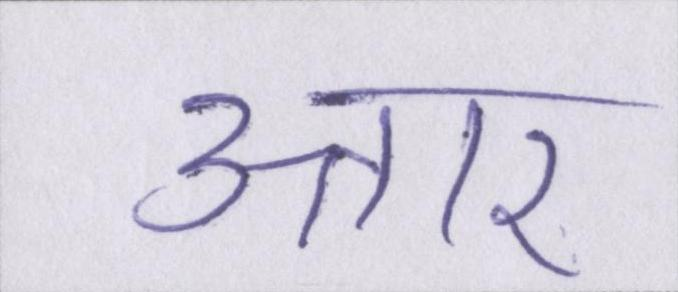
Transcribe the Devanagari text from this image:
उत्तार